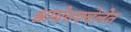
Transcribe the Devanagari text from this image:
श्वाबेनक्वेलेन